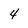
Character: 4